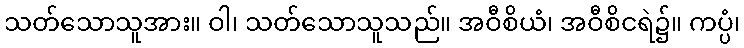
သတ်သောသူအား။ ဝါ၊ သတ်သောသူသည်။ အဝီစိယံ၊ အဝီစိငရဲ၌။ ကပ္ပံ၊